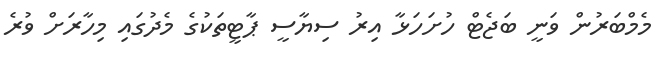
މެމްބަރުން ވަނީ ބަޖެޓް ހުށަހަޅާ އިރު ސިޔާސީ ޕާޓީތަކުގެ މެދުގައި މިހާރަށް ވުރެ